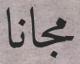
مجانا